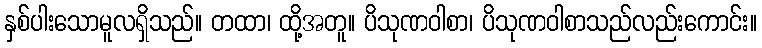
နှစ်ပါးသောမူလရှိသည်။ တထာ၊ ထို့အတူ။ ပိသုဏဝါစာ၊ ပိသုဏဝါစာသည်လည်းကောင်း။